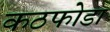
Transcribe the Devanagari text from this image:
कठफोडा